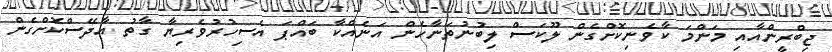
ޖިބްރީންއާއި މަންމަ ކާވެނިކޮށްގެން ލޫކަސް ލިބުނުތަނާހެން އަނެއްކާ ބައްޕަ އެސިހުރުވެރިޔާ ގާތު އާދޭސްކޮށްގެން